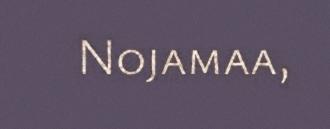
Nojamaa,